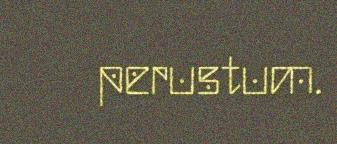
perustum.